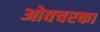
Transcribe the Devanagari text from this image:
ओवचरका